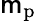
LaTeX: \mathsf{m}_{\mathrm{{p}}}